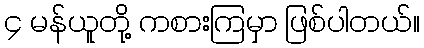
၄ မန်ယူတို့ ကစားကြမှာ ဖြစ်ပါတယ်။